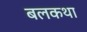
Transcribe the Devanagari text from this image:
बलकथा